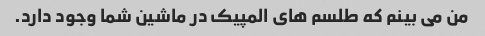
من می بینم که طلسم های المپیک در ماشین شما وجود دارد.